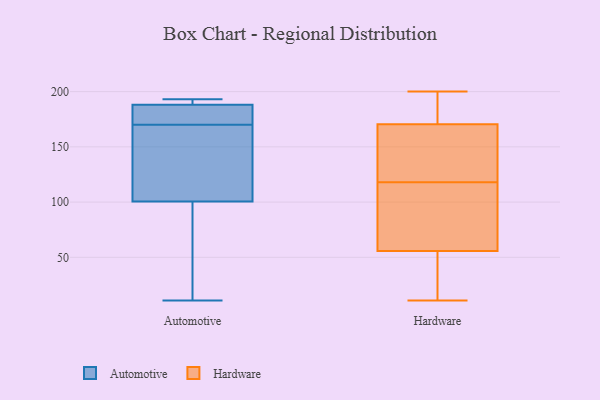
{"axis": {"x": "Gross Profit (USD K)", "y": "Value"}, "legend": ["Automotive", "Hardware"], "data": [{"x": "", "y": 192, "type": "Automotive"}, {"x": "", "y": 174, "type": "Automotive"}, {"x": "", "y": 192, "type": "Automotive"}, {"x": "", "y": 105, "type": "Automotive"}, {"x": "", "y": 11, "type": "Automotive"}, {"x": "", "y": 166, "type": "Automotive"}, {"x": "", "y": 141, "type": "Automotive"}, {"x": "", "y": 183, "type": "Automotive"}, {"x": "", "y": 193, "type": "Automotive"}, {"x": "", "y": 29, "type": "Automotive"}, {"x": "", "y": 96, "type": "Automotive"}, {"x": "", "y": 184, "type": "Automotive"}, {"x": "", "y": 46, "type": "Hardware"}, {"x": "", "y": 185, "type": "Hardware"}, {"x": "", "y": 85, "type": "Hardware"}, {"x": "", "y": 70, "type": "Hardware"}, {"x": "", "y": 21, "type": "Hardware"}, {"x": "", "y": 188, "type": "Hardware"}, {"x": "", "y": 155, "type": "Hardware"}, {"x": "", "y": 169, "type": "Hardware"}, {"x": "", "y": 171, "type": "Hardware"}, {"x": "", "y": 151, "type": "Hardware"}, {"x": "", "y": 103, "type": "Hardware"}, {"x": "", "y": 11, "type": "Hardware"}, {"x": "", "y": 46, "type": "Hardware"}, {"x": "", "y": 200, "type": "Hardware"}, {"x": "", "y": 177, "type": "Hardware"}, {"x": "", "y": 51, "type": "Hardware"}, {"x": "", "y": 118, "type": "Hardware"}, {"x": "", "y": 151, "type": "Hardware"}, {"x": "", "y": 107, "type": "Hardware"}]}